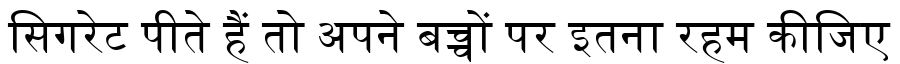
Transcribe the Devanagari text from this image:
सिगरेट पीते हैं तो अपने बच्चों पर इतना रहम कीजिए